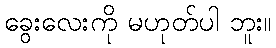
ခွေးလေးကို မဟုတ်ပါ ဘူး။